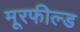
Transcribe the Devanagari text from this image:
मूरफील्ड